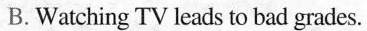
B.Watching TV leads to bad grades.